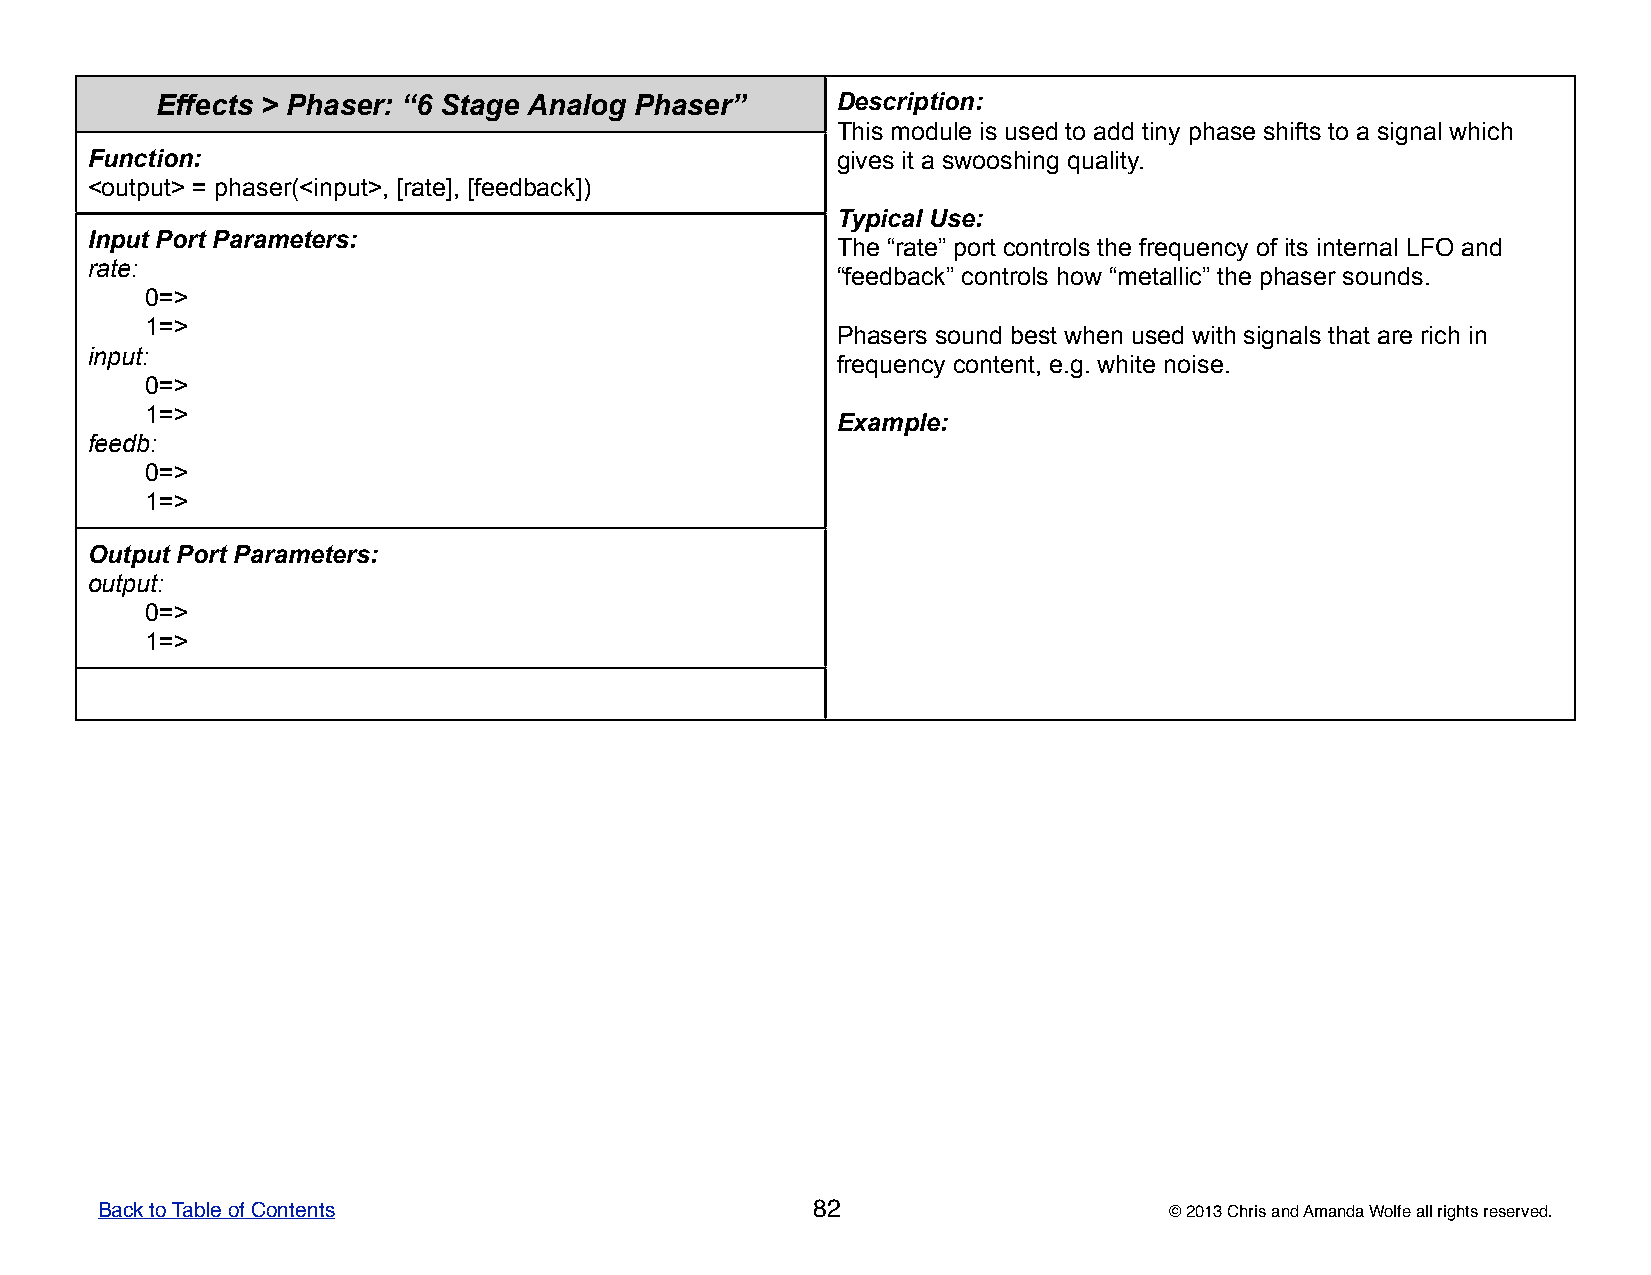
Effects > Phaser: “6 Stage Analog Phaser”    DDDDDeeeeessssscccccrrrrriiiiippppptttttiiiiiooooonnnnn:::::
 TTTTThhhhhiiiiisssss mmmmmoooooddddduuuuullllleeeee iiiiisssss uuuuussssseeeeeddddd tttttooooo aaaaadddddddddd tttttiiiiinnnnnyyyyy ppppphhhhhaaaaassssseeeee ssssshhhhhiiiiiffffftttttsssss tttttooooo aaaaa sssssiiiiigggggnnnnnaaaaalllll wwwwwhhhhhiiiiiccccchhhhh
 Function:                                        gggggiiiiivvvvveeeeesssss iiiiittttt aaaaa ssssswwwwwoooooooooossssshhhhhiiiiinnnnnggggg qqqqquuuuuaaaaallllliiiiitttttyyyyy.....
 <output> = phaser(<input>, [rate], [feedback])
 TTTTTyyyyypppppiiiiicccccaaaaalllll UUUUUssssseeeee:::::
 Input Port Parameters:
 TTTTThhhhheeeee “““““rrrrraaaaattttteeeee””””” pppppooooorrrrrttttt cccccooooonnnnntttttrrrrrooooolllllsssss ttttthhhhheeeee fffffrrrrreeeeeqqqqquuuuueeeeennnnncccccyyyyy ooooofffff iiiiitttttsssss iiiiinnnnnttttteeeeerrrrrnnnnnaaaaalllll LLLLLFFFFFOOOOO aaaaannnnnddddd
 rate:
 “““““fffffeeeeeeeeeedddddbbbbbaaaaaccccckkkkk””””” cccccooooonnnnntttttrrrrrooooolllllsssss hhhhhooooowwwww “““““mmmmmeeeeetttttaaaaalllllllllliiiiiccccc””””” ttttthhhhheeeee ppppphhhhhaaaaassssseeeeerrrrr sssssooooouuuuunnnnndddddsssss.....
 0=>
 1=>
 PPPPPhhhhhaaaaassssseeeeerrrrrsssss sssssooooouuuuunnnnnddddd bbbbbeeeeesssssttttt wwwwwhhhhheeeeennnnn uuuuussssseeeeeddddd wwwwwiiiiittttthhhhh sssssiiiiigggggnnnnnaaaaalllllsssss ttttthhhhhaaaaattttt aaaaarrrrreeeee rrrrriiiiiccccchhhhh iiiiinnnnn
 input:
 fffffrrrrreeeeeqqqqquuuuueeeeennnnncccccyyyyy cccccooooonnnnnttttteeeeennnnnttttt,,,,, eeeee.....ggggg..... wwwwwhhhhhiiiiittttteeeee nnnnnoooooiiiiissssseeeee.....
 0=>
 1=>
 EEEEExxxxxaaaaammmmmpppppllllleeeee:::::
 feedb:
 0=>
 1=>
 Output Port Parameters:
 output:
 0=>
 1=>
 Back to Table of Contents                       82                     © 2013 Chris and Amanda Wolfe all rights reserved.